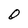
Character: 0